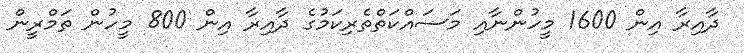
ދާއިރާ އިން 1600 މީހުންނާއި މަސައްކަތްތެރިކަމުގެ ދާއިރާ އިން 800 މީހުން ތަމްރީން